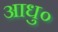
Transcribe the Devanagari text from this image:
आधु०